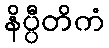
နိပ္ပီတိကံ